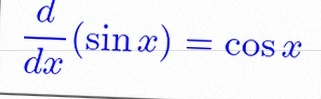
\frac{d}{dx}(\sin x)=\cos x